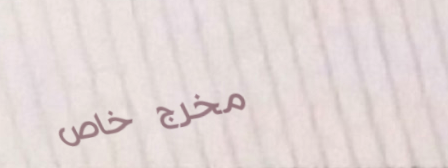
مخرج خاص